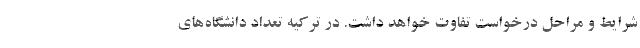
شرایط و مراحل درخواست تفاوت خواهد داشت. در ترکیه تعداد دانشگاه‌های